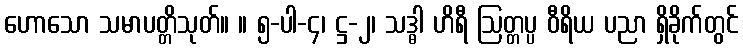
ဟောသော သမာပတ္တိသုတ်။ ။ ၅-ပါ-၄၊ ဋ္ဌ-၂၊ သဒ္ဓါ ဟိရီ ဩတ္တပ္ပ ဝီရိယ ပညာ ရှိခိုက်တွင်